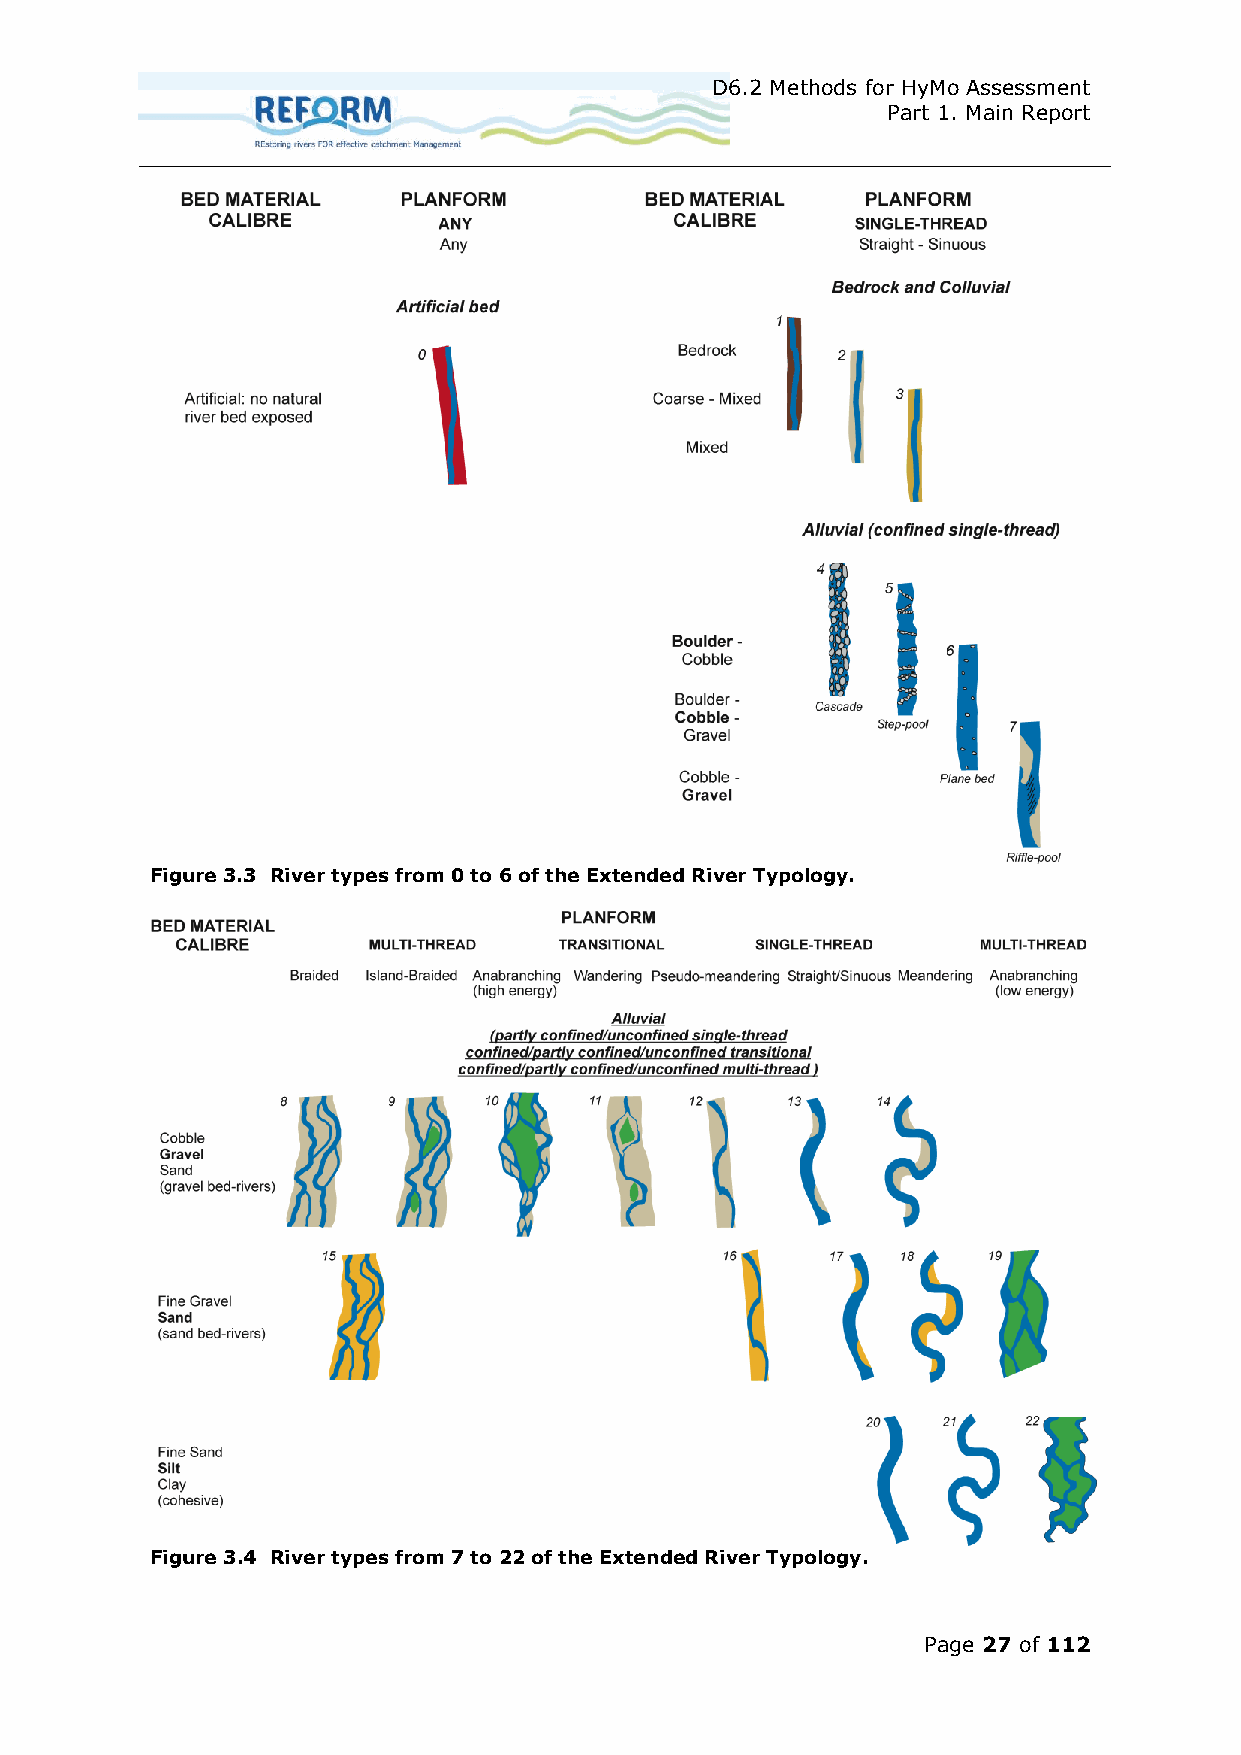
D6.2 Methods for HyMo Assessment
 Part 1. Main Report
 Figure 3.3 River types from 0 to 6 of the Extended River Typology.
 Figure 3.4 River types from 7 to 22 of the Extended River Typology.
 Page 27 of 112